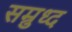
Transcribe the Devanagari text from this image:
सम्रुध्द